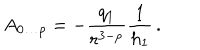
A _ { 0 \ldots p } = - \frac { q _ { 1 } } { r ^ { 3 - p } } \frac { 1 } { h _ { 1 } } \, .